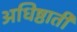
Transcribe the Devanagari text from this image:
अधिष्ठाती